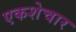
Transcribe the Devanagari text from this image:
एकशेचार